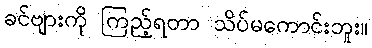
ခင်ဗျားကို ကြည့်ရတာ သိပ်မကောင်းဘူး။